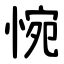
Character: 惋